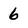
Character: 6